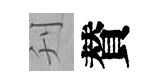
刋賛